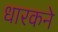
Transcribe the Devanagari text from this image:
धारकने